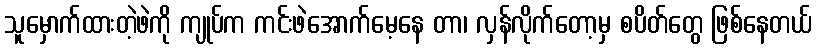
သူမှောက်ထားတဲ့ဖဲကို ကျုပ်က ကင်းဖဲအောက်မေ့နေ တာ၊ လှန်လိုက်တော့မှ စပိတ်တွေ ဖြစ်နေတယ်